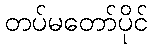
တပ်မတော်ပိုင်